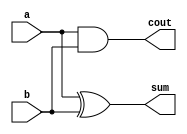
// Create a half adder. A half adder adds two bits (with no carry-in) and produces a sum and carry-out.

// Half adder truth table
// two-bit input | sum  c_out
// -----------------------------
//    0     0    |  0     0
//    0     1    |  1     0
//    1     0    |  1     0
//    1     1    |  0     1
// sum is just a XOR gate
// c_out is an AND gate

module top_module( 
    input a, b,
    output cout, sum );
    
    assign sum = a ^ b;
    assign cout = a & b;

endmodule